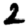
Digit: 2